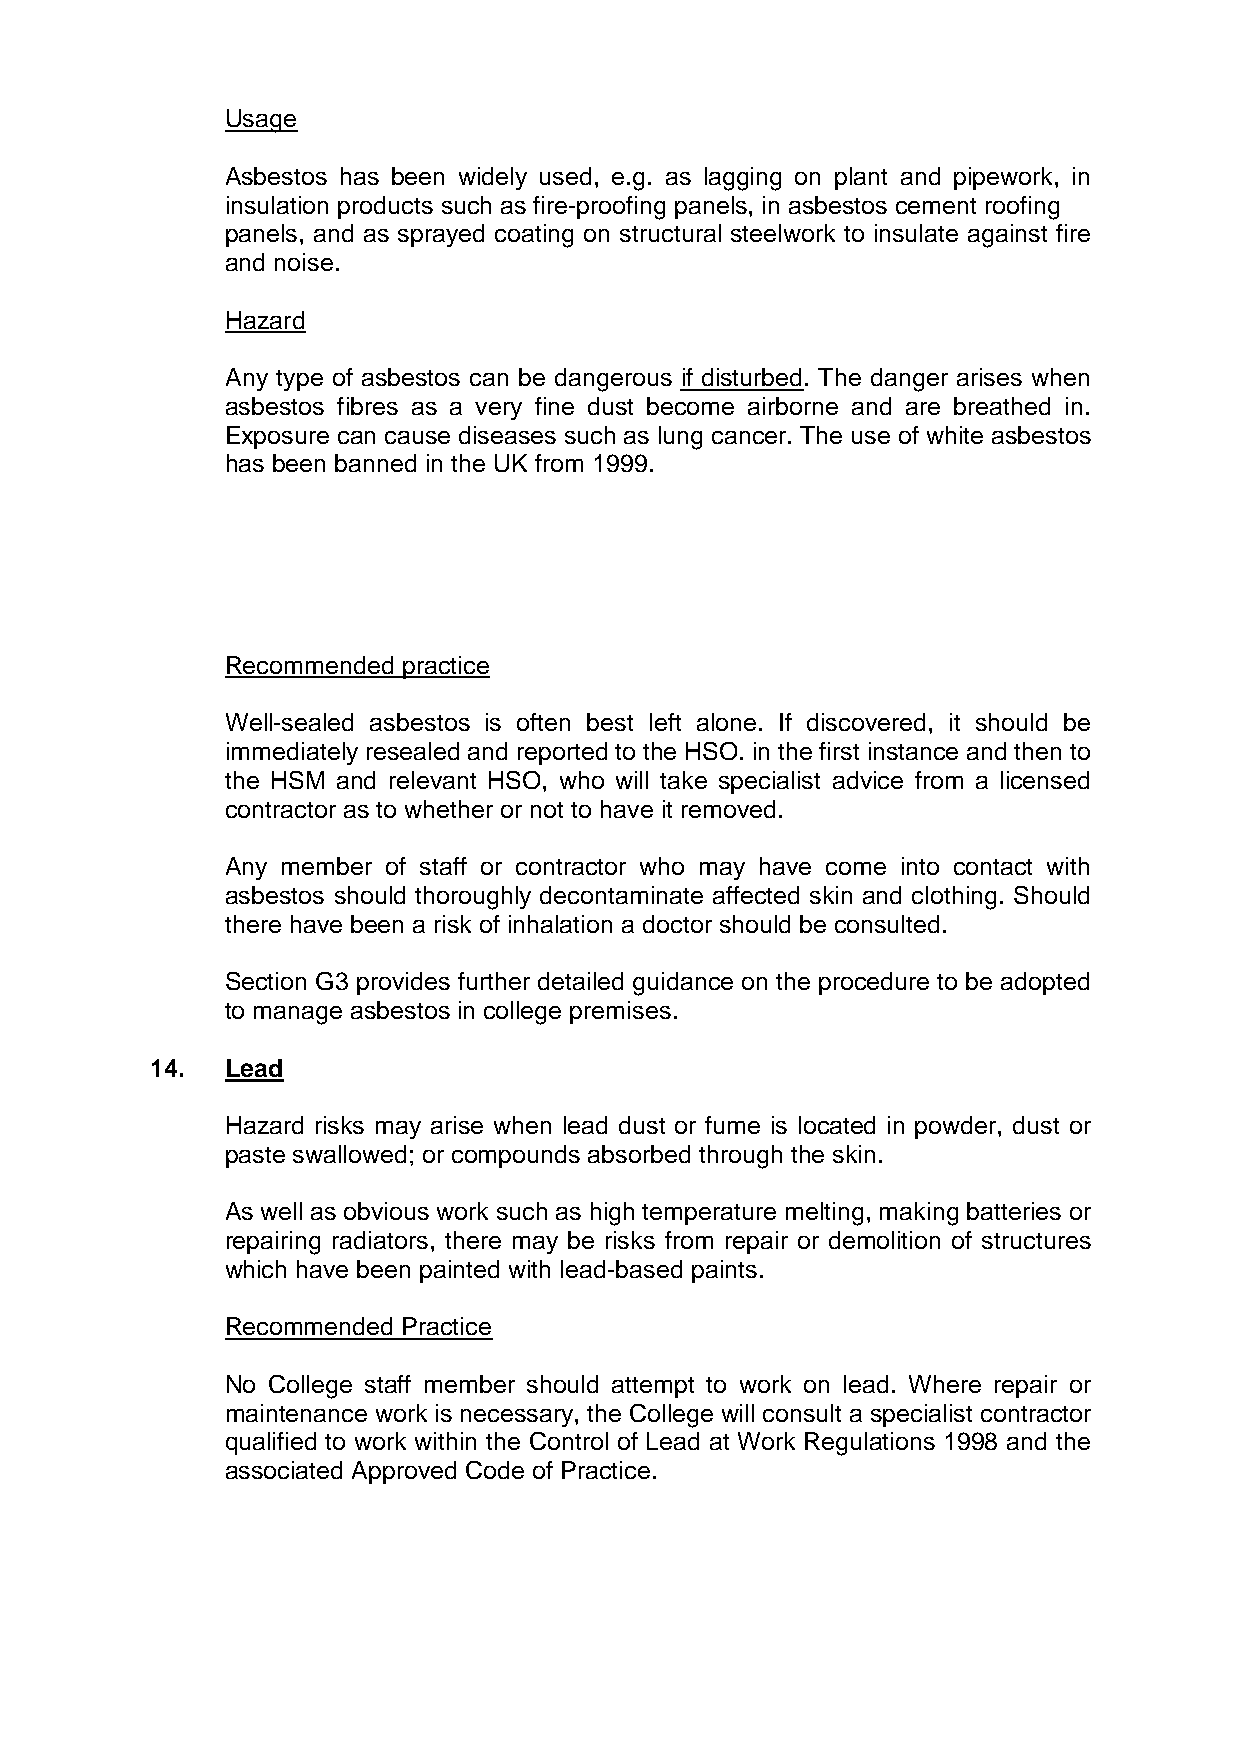
Usage
 Asbestos has been widely used, e.g. as lagging on plant and pipework, in
 insulation products such as fire-proofing panels, in asbestos cement roofing
 panels, and as sprayed coating on structural steelwork to insulate against fire
 and noise.
 Hazard
 Any type of asbestos can be dangerous if disturbed. The danger arises when
 asbestos fibres as a very fine dust become airborne and are breathed in.
 Exposure can cause diseases such as lung cancer. The use of white asbestos
 has been banned in the UK from 1999.
 Recommended practice
 Well-sealed asbestos is often best left alone. If discovered, it should be
 immediately resealed and reported to the HSO. in the first instance and then to
 the HSM and relevant HSO, who will take specialist advice from a licensed
 contractor as to whether or not to have it removed.
 Any member of staff or contractor who may have come into contact with
 asbestos should thoroughly decontaminate affected skin and clothing. Should
 there have been a risk of inhalation a doctor should be consulted.
 Section G3 provides further detailed guidance on the procedure to be adopted
 to manage asbestos in college premises.
 14.  Lead
 Hazard risks may arise when lead dust or fume is located in powder, dust or
 paste swallowed; or compounds absorbed through the skin.
 As well as obvious work such as high temperature melting, making batteries or
 repairing radiators, there may be risks from repair or demolition of structures
 which have been painted with lead-based paints.
 Recommended Practice
 No College staff member should attempt to work on lead. Where repair or
 maintenance work is necessary, the College will consult a specialist contractor
 qualified to work within the Control of Lead at Work Regulations 1998 and the
 associated Approved Code of Practice.